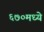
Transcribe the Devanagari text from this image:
६७०मध्ये